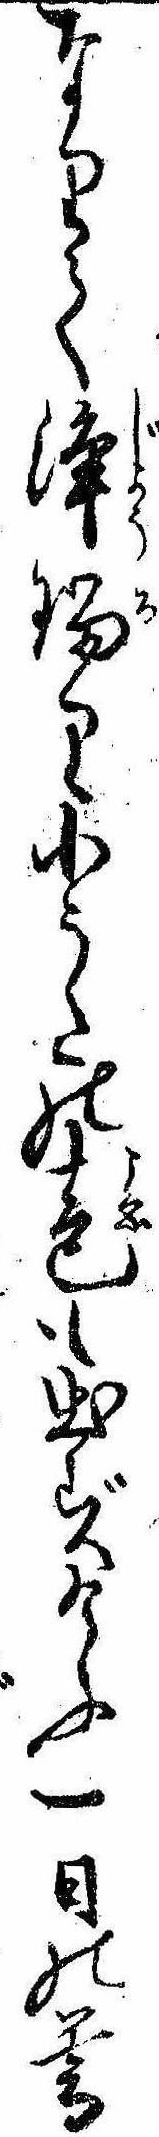
なりて浄瑠り小うたの声も出ずけふ一日の暮